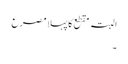
البتہ مقطع کا پہلا مصرع
۔